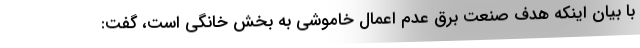
با بیان اینکه هدف صنعت برق عدم اعمال خاموشی به بخش خانگی است، گفت: